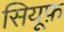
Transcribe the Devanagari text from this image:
सियूफ़